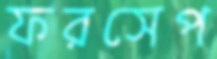
ফরসেপ